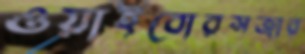
ওয়াইবোরসজার